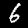
Digit: 6